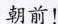
朝前！